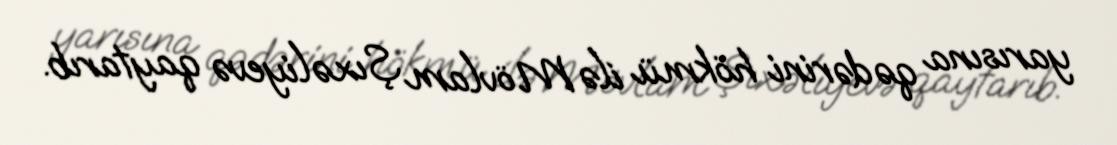
yarısına qədərini hökmü ilə Mövlam Şıxəliyevə qaytarıb.